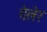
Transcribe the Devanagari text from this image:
गेलेर